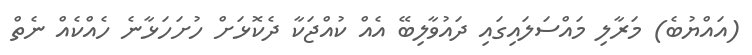
(އައްޔުބެ) މަރާލި މައްސަލައިގައި ދައުވާލިބޭ އެއް ކުއްޖަކާ ދެކޮޅަށް ހުށަހަޅާނެ ހެއްކެއް ނެތް